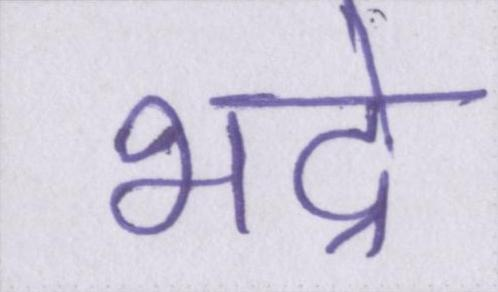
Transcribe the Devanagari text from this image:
भद्रे